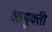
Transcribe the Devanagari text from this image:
आयुक्ती